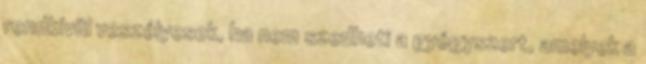
rendkívül veszélyesek, ha nem szedheti a gyógyszert, amelyek a